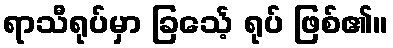
ရာသီရုပ်မှာ ခြင်္သေ့ ရုပ် ဖြစ်၏။